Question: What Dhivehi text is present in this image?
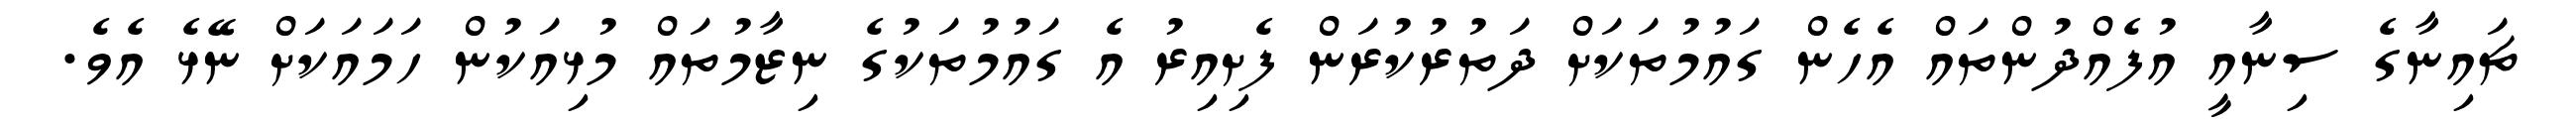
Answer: ޗައިނާގެ ސިނާއީ އުފެއްދުންތައް އެހެން ގައުމުތަކަށް ދަތުރުކުރަން ފެށިއިރު އެ ގައުމުތަކުގެ ނިޒާމުތައް މުޅިއަކުން ހަމައަކަށް ނޭޅެ އެވެ.